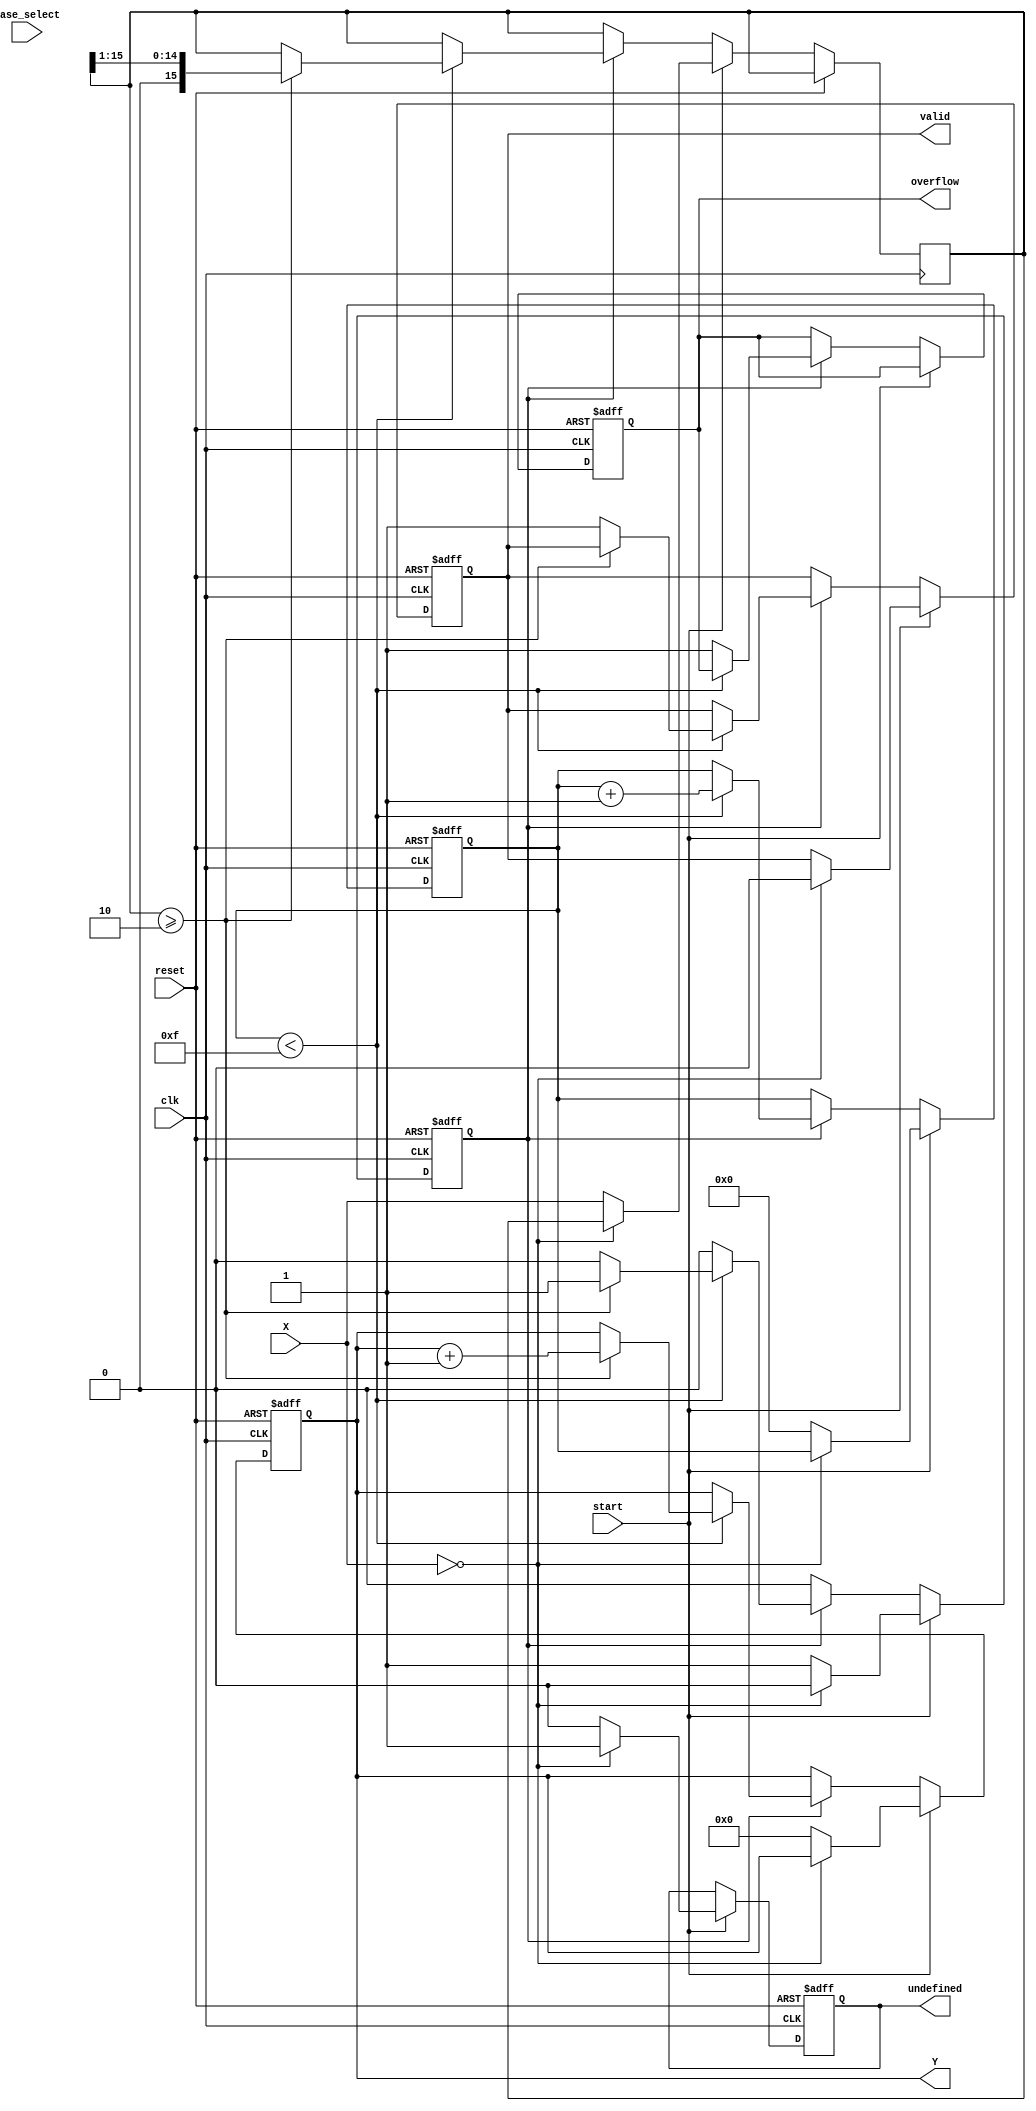
module LogarithmFunctionGenerator (
    input wire [15:0] X,          // Input value (16-bit fixed-point)
    input wire [1:0] base_select, // Control signal for base selection (00: base-2, 01: base-10)
    input wire start,             // Start signal for computation
    input wire clk,               // Clock signal
    input wire reset,             // Reset signal
    output reg [15:0] Y,          // Logarithm output (16-bit fixed-point)
    output reg valid,             // Valid output flag
    output reg overflow,          // Overflow flag
    output reg undefined          // Undefined flag for log(0)
);

    reg [15:0] temp_X;
    reg [3:0] iteration; // Counter for iterations
    reg computing;       // State flag for computation

    // State machine for logarithm computation
    always @(posedge clk or posedge reset) begin
        if (reset) begin
            Y <= 16'b0;
            valid <= 1'b0;
            overflow <= 1'b0;
            undefined <= 1'b0;
            computing <= 1'b0;
            iteration <= 4'b0;
        end else if (start) begin
            if (X == 16'b0) begin
                undefined <= 1'b1; // Log(0) is undefined
                valid <= 1'b0;
                computing <= 1'b0;
            end else begin
                undefined <= 1'b0;
                temp_X <= X;
                Y <= 16'b0; // Reset output
                iteration <= 4'b0;
                computing <= 1'b1;
            end
        end else if (computing) begin
            if (iteration < 4'b1111) begin // Limit iterations to avoid overflow
                if (temp_X >= 16'b10) begin // If X >= 2
                    temp_X <= temp_X >> 1; // Divide by 2
                    Y <= Y + 1; // Increment log value
                end else begin
                    computing <= 1'b0; // Stop computation
                    valid <= 1'b1; // Set valid output
                end
                iteration <= iteration + 1; // Increment iteration count
            end else begin
                overflow <= 1'b1; // Set overflow flag if iterations exceed limit
                computing <= 1'b0; // Stop computation
            end
        end
    end

endmodule